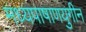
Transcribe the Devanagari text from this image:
मध्यपाषाणयुगीन